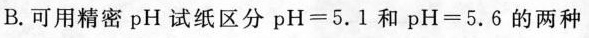
B.可用精密pH 试纸区分pH=5.1 和 pH =5.6的两种